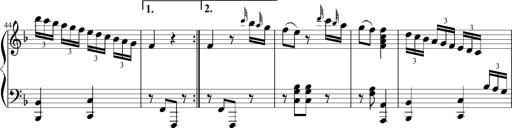
Title: 12 Sonatinas for Piano
Composer: Johann Baptist Vanhal